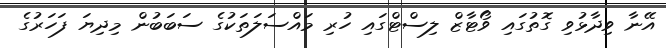
އޭނާ ވިދާޅުވި ގޮތުގައި ވޯޓާޒް ލިސްޓްގައި ހުރި މައްސަލަތަކުގެ ސަބަބުން މިދިޔަ ފަހަރުގެ